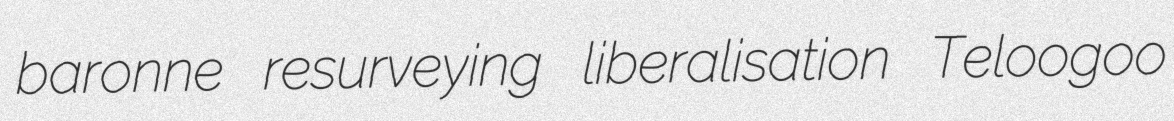
baronne resurveying liberalisation Teloogoo